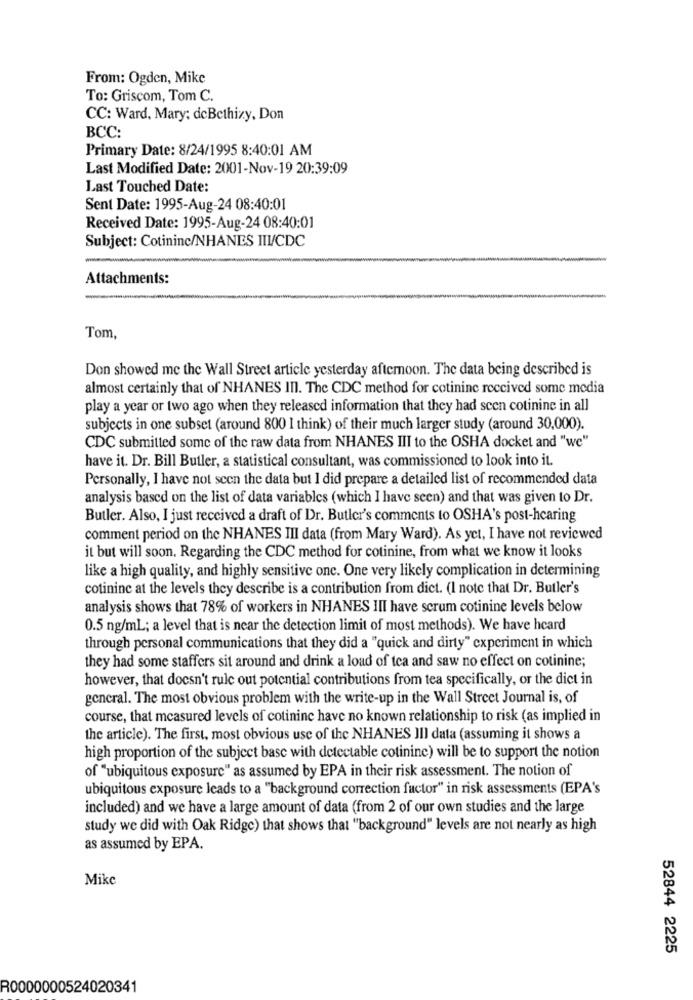
From: Ogden, Mike
To: Griscom, Tom C.
CC: Ward, Mary; deBethizy, Don
BCC:
Primary Date: 8/24/1995 8:40:01 AM
Last Modified Date: 2001-Nov-19 20:39:09
Last Touched Date:
Sent Date: 1995-Aug-24 08:40:01
Received Date: 1995-Aug-24 08:40:01
Subject: Cotininc/NHANES III/CDC
Attachments:
Tom,
Don showed me the Wall Street article yesterday afternoon. The data being described is
almost certainly that of NHANES III. The CDC method for cotinine received some media
play a year or two ago when they released information that they had seen cotinine in all
subjects in one subset (around 800 I think) of their much larger study (around 30,000).
CDC submitted some of the raw data from NHANES III to the OSHA docket and "we"
have it. Dr. Bill Butler, a statistical consultant, was commissioned to look into it.
Personally, I have not seen the data but I did prepare a detailed list of recommended data
analysis based on the list of data variables (which I have seen) and that was given to Dr.
Butler. Also, I just received a draft of Dr. Butler's comments to OSHA's post-hcaring
comment period on the NHANES III data (from Mary Ward). As yet, I have not reviewed
it but will soon. Regarding the CDC method for cotinine, from what we know it looks
like a high quality, and highly sensitive onc. One very likely complication in determining
cotinine at the levels they describe is a contribution from dict. (I note that Dr. Butler's
analysis shows that 78% of workers in NHANES III have scrum cotinine levels below
0.5 ng/ml; a level that is near the detection limit of most methods). We have heard
through personal communications that they did a "quick and dirty" experiment in which
they had some staffers sit around and drink a load of tea and saw no effect on cotinine;
however, that doesn't rule out potential contributions from tea specifically, or the dict in
general. The most obvious problem with the write-up in the Wall Street Journal is, of
course, that measured levels of cotinine have no known relationship to risk (as implied in
the article). The first, most obvious use of the NHANES III data (assuming it shows a
high proportion of the subject base with detectable cotinine) will be to support the notion
of "ubiquitous exposure" as assumed by EPA in their risk assessment. The notion of
ubiquitous exposure leads to a "background correction factor" in risk assessments (EPA's
included) and we have a large amount of data (from 2 of our own studies and the large
study we did with Oak Ridge) that shows that "background" levels are not nearly as high
as assumed by EPA.
Mike
52844 2225
R0000000524020341